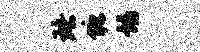
珞塘诗